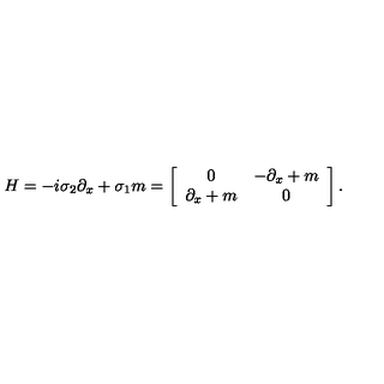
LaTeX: H = - i \sigma _ { 2 } \partial _ { x } + \sigma _ { 1 } m = \left[ \begin{array} { c c } { 0 } & { - \partial _ { x } + m } \\ { \partial _ { x } + m } & { 0 } \\ \end{array} \right] .